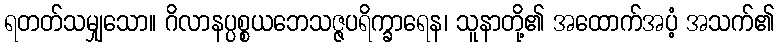
ရတတ်သမျှသော။ ဂိလာနပ္ပစ္စယဘေသဇ္ဇပရိက္ခာရေန၊ သူနာတို့၏ အထောက်အပံ့ အသက်၏